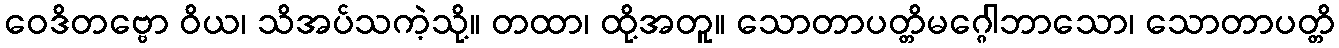
ဝေဒိတဗ္ဗော ဝိယ၊ သိအပ်သကဲ့သို့။ တထာ၊ ထို့အတူ။ သောတာပတ္တိမဂ္ဂေါဘာသော၊ သောတာပတ္တိ